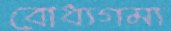
বোধ্যগম্য